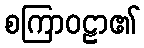
စကြာဝဠာ၏